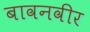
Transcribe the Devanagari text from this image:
बावनवीर